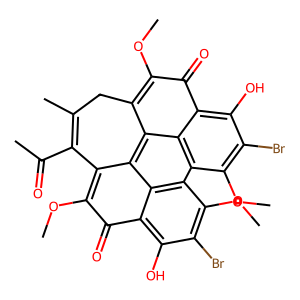
SMILES: COc1c2c3c4c(c(OC)c(=O)c5c(O)c(Br)c(OC)c(c6c(OC)c(Br)c(O)c(c1=O)c36)c54)C(C(C)=O)=C(C)C2
Inhibits HIV replication: No